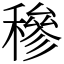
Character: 穇